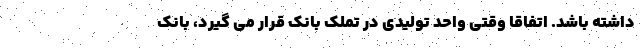
داشته باشد. اتفاقا وقتی واحد تولیدی در تملک بانک قرار می گیرد، بانک